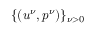
\{ ( u ^ { \nu } , p ^ { \nu } ) \} _ { \nu > 0 }